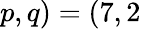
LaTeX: p,q)=(7,2